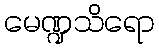
မေဏ္ဍသိရော